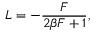
{ \cal L } = - \frac { { \cal F } } { 2 \beta { \cal F } + 1 } ,